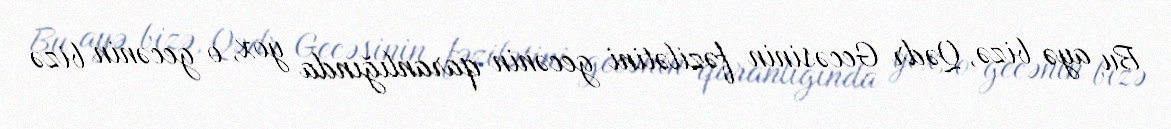
Bu ayə bizə, Qədr Gecəsinin fəzilətini gecənin qaranlığında yox, o gecənin bizə